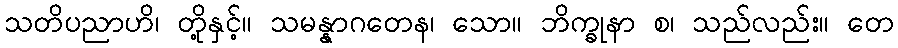
သတိပညာဟိ၊ တို့နှင့်။ သမန္နာဂတေန၊ သော။ ဘိက္ခုနာ စ၊ သည်လည်း။ တေ